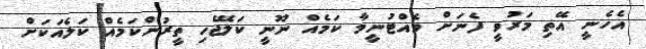
އެހެނީ އޭތި މަރުވީ ފެނަށް ވެއްޓުނީމާ ކަމެއް ނޫނީ ކަލޭޖެހި ތީރުންކަމެއް ކަލެއަކަށް